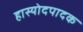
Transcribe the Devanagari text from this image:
हास्योदपादक